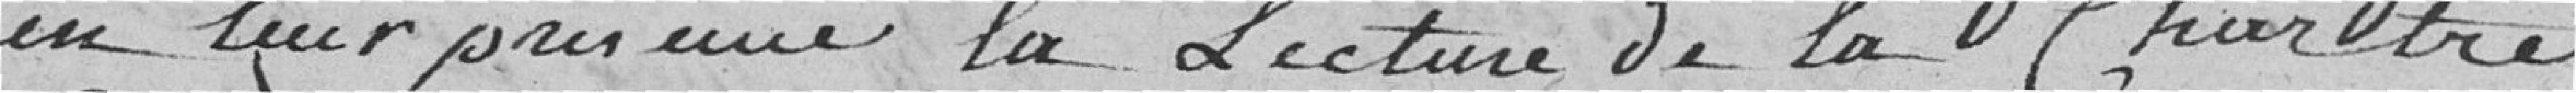
en leur présence la lecture de la Charte